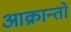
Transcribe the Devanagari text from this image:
आक्रान्तो